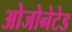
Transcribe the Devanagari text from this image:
ओजोनेटेड